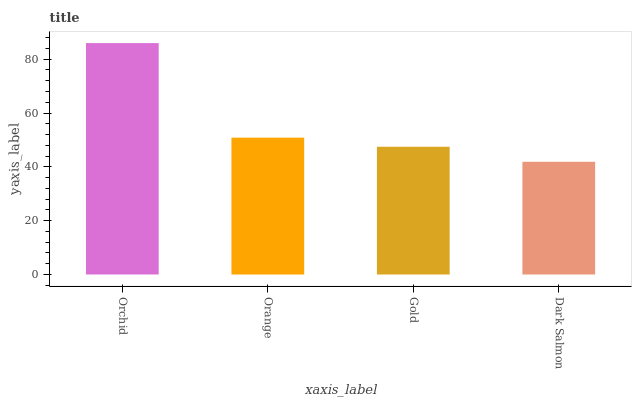
| xaxis_label | bars |
 | --- | --- |
 | Orchid | 86 |
 | Orange | 50.8 |
 | Gold | 47.5 |
 | Dark Salmon | 41.9 |